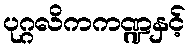
ပုဂ္ဂလိကကဏ္ဍနှင့်